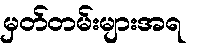
မှတ်တမ်းများအရ